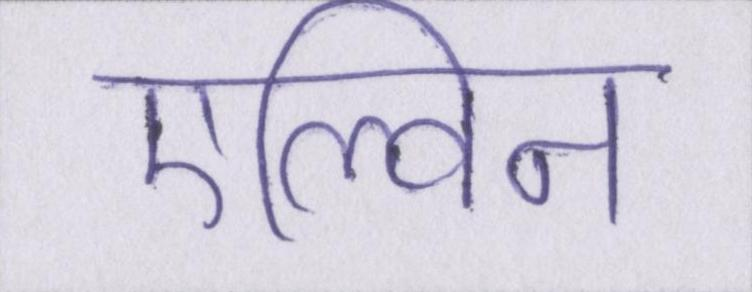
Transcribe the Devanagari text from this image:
एल्विन